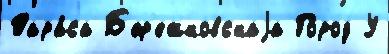
Тара́са Б'ер'ежковскаjа Го́род У